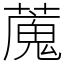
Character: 䕇